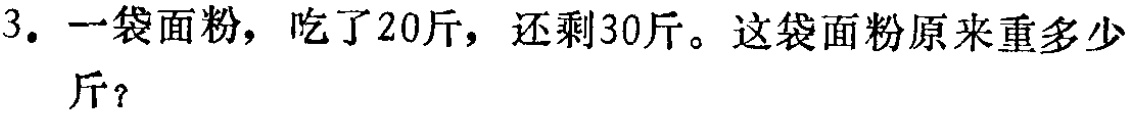
3. 一袋面粉，吃了20斤，还剩30斤。这袋面粉原来重多少斤？